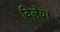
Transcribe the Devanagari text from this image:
विलेय।